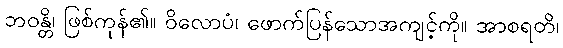
ဘဝန္တိ၊ ဖြစ်ကုန်၏။ ဝိလောပံ၊ ဖောက်ပြန်သောအကျင့်ကို။ အာစရတိ၊